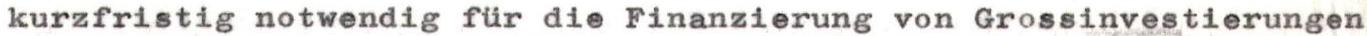
kurzfristig notwendig für die Finanzierung von Grossinvestierungen